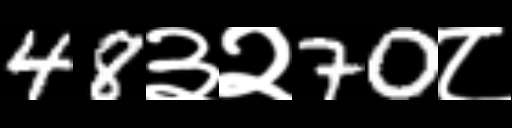
Text: 48३२70८